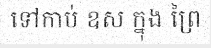
ទៅកាប់ ឧស ក្នុង ព្រៃ